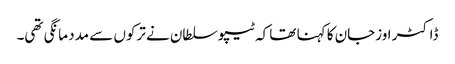
ڈاکٹر اوزجان کا کہنا تھا کہ ٹیپو سلطان نے ترکوں سے مدد مانگی تھی۔